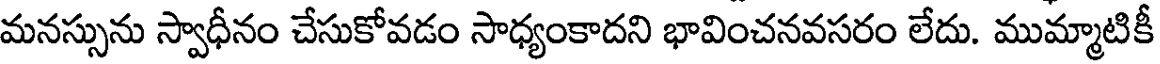
మనస్సును స్వాధీనం చేసుకోవడం సాధ్యంకాదని భావించనవసరం లేదు. ముమ్మాటికీ